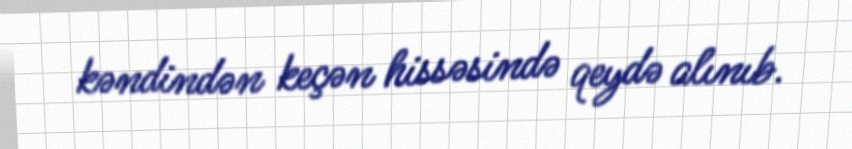
kəndindən keçən hissəsində qeydə alınıb.